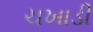
ચખાડી